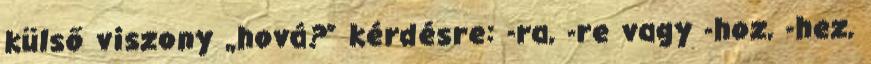
külső viszony „hová?” kérdésre: -ra, -re vagy -hoz, -hez,